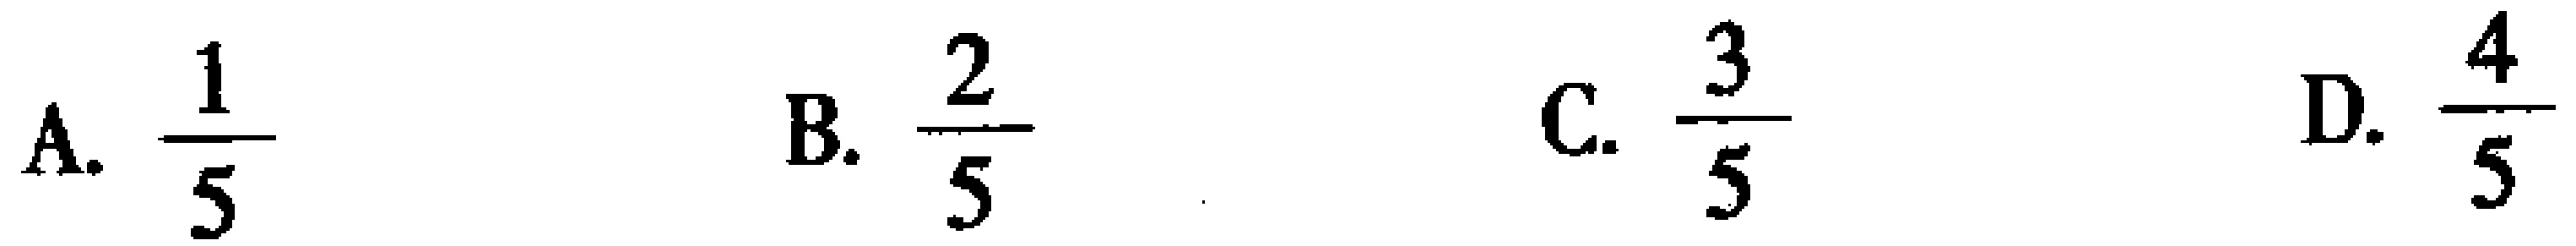
A. $\frac{1}{5}$  B. $\frac{2}{5}$  C. $\frac{3}{5}$  D. $\frac{4}{5}$